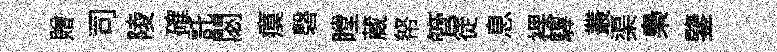
贈司陵確託閟瘼磬瞠蔵帑管徒息裸驆叢渠梟鑒